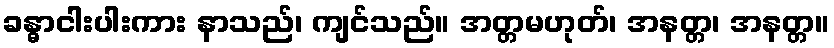
ခန္ဓာငါးပါးကား နာသည်၊ ကျင်သည်။ အတ္တမဟုတ်၊ အနတ္တ၊ အနတ္တ။